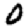
Digit: 0